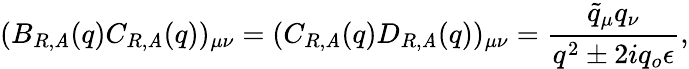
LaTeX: (B_{R,\mathit{A}}(q)C_{R,\mathit{A}}(q))_{\mu\nu}=(C_{R,\mathit{A}}(q)D_{R,\mathit{A}}(q))_{\mu\nu}={\frac{{\tilde{{q}}_{\mu}q_{\nu}}}{{q^{2}\pm2iq_{o}\epsilon}}},